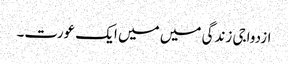
ازدواجی زندگی میں میں ایک عورت۔